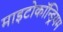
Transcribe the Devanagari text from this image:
माइटोकॉन्ड्रियम